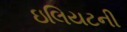
ઇલિયટની